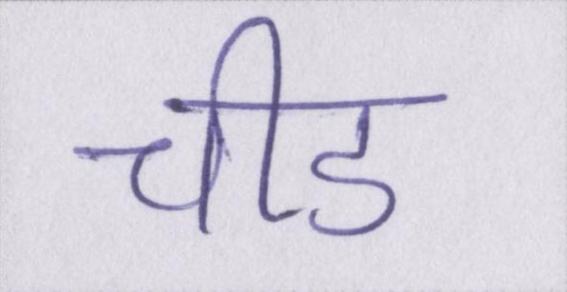
चीड